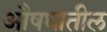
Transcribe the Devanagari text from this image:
औषधातील